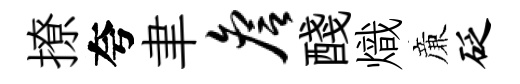
撩夸聿詹醆熾亷砭